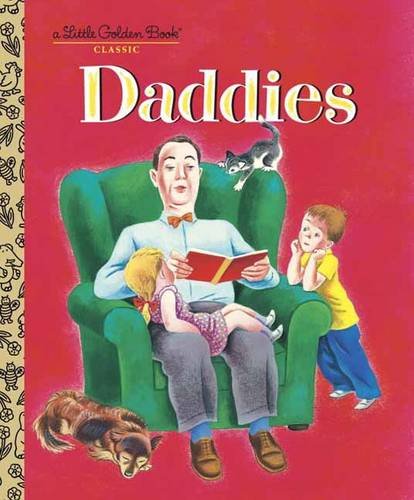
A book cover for Daddies (Little Golden Book); Janet Frank; Children's Books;